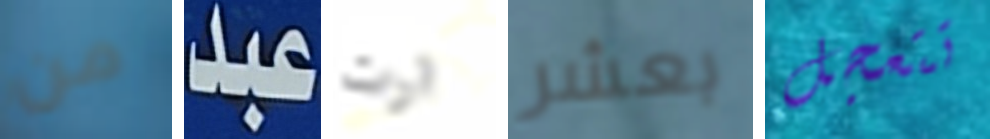
من عبد ارت بعشر تتعجل